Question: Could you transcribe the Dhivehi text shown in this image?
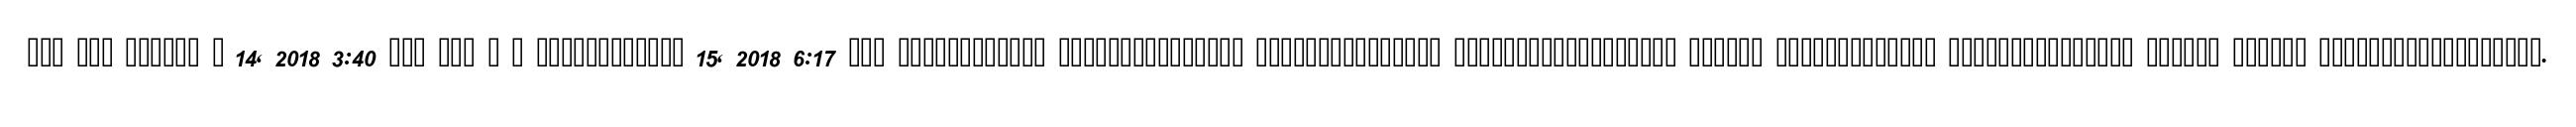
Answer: ??? ??? ?????? ? 14, 2018 3:40 ??? ??? ? ? ???????????? 15, 2018 6:17 ??? ???????????? ??????????????? ??????????????? ?????????????????? ?????? ????????????? ??????????????? ?????? ?????? ??????????????????.